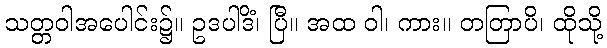
သတ္တဝါအပေါင်း၌။ ဥဒပါဒိံ၊ ပြီ။ အထ ဝါ၊ ကား။ တတြာပိ၊ ထိုသို့